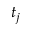
t _ { j }